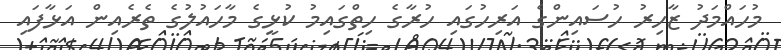
މުހައްމަދު ޒާހިރު ހުސައިންގެ އަރިހުގައި ހުރާގެ ހިތްގައިމު ކުޅީގެ މާހައުލުގެ ތެރެއިން އަޅާފައި